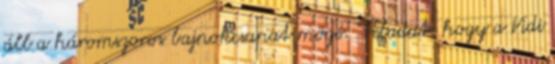
áll a háromszoros bajnokcsapat mögé. “Feladat, hogy a Vidi